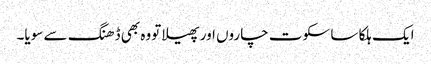
ایک ہلکا سا سکوت چاروں اور پھیلا تووہ بھی ڈھنگ سے سویا۔